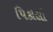
પિકોલો